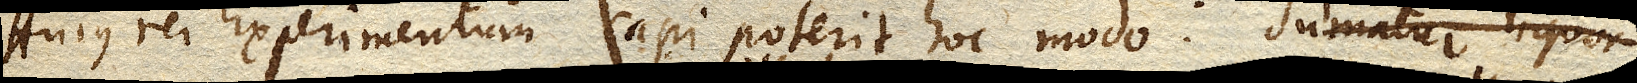
Hujus rei experimentum capi poterit hoc modo: Sumatur